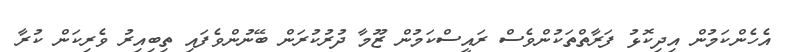
އެހެންކަމުން އިދިކޮޅު ފަރާތްތަކުންވެސް ރައީސްކަމުން ޒޫމާ ދުރުކުރަން ބޭނުންވެފައި ތިބިއިރު ވެރިކަން ކުރާ